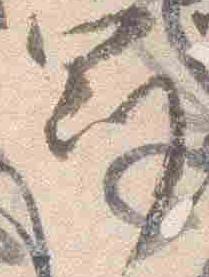
冠